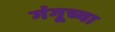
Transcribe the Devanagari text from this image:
गंगूच्या